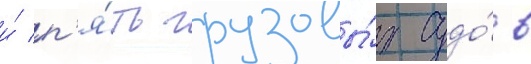
и́ п'я́ть грузовы́х судо́в